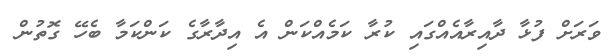
ވަރަށް ފުޅާ ދާއިރާއެއްގައި ކުރާ ކަމެއްކަން އެ އިދާރާގެ ކަންކަމާ ބެހޭ ގޮތުން